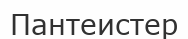
Пантеистер